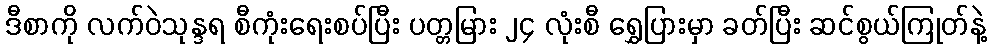
ဒီစာကို လက်ဝဲသုန္ဒရ စီကုံးရေးစပ်ပြီး ပတ္တမြား ၂၄ လုံးစီ ရွှေပြားမှာ ခတ်ပြီး ဆင်စွယ်ကြုတ်နဲ့